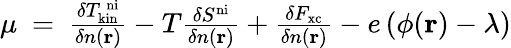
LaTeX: \begin{array}{r}{\mu\ =\ \frac{\delta T_{\mathrm{kin}}^{\mathrm{\, ni}}}{\delta n(\mathbf{r})}-T\frac{\delta S^{\mathrm{ni}}}{\delta n(\mathbf{r})}+\frac{\delta F_{\mathrm{xc}}}{\delta n(\mathbf{r})}-e\, (\phi(\mathbf{r})-\lambda)}\end{array}